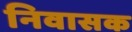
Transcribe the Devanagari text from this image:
निवासक